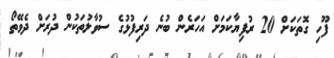
ފޫހި ގޮތަކަށް 20 ރުފިޔާކަމަށް އަހަރެން ބުނެ ދަރިފުޅުގެ ސުވާލުތަކުން ދުރަށް ދެވޭތޯ